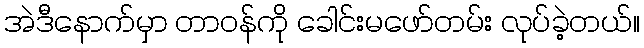
အဲဒီနောက်မှာ တာဝန်ကို ခေါင်းမဖော်တမ်း လုပ်ခဲ့တယ်။